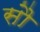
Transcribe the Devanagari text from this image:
साै